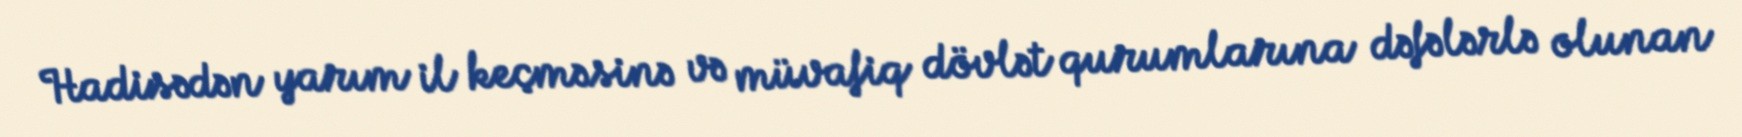
Hadisədən yarım il keçməsinə və müvafiq dövlət qurumlarına dəfələrlə olunan